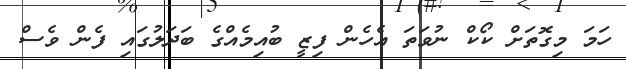
ހަމަ މިގޮތަށް ކޯކް ނުވަތަ އެހެން ފިޒީ ބުއިމެއްގެ ބަދަލުގައި ފެން ވެސް